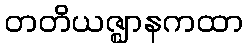
တတိယဇ္ဈာနကထာ